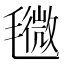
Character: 𣰒